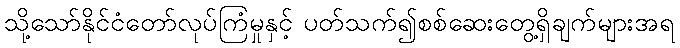
သို့သော်နိုင်ငံတော်လုပ်ကြံမှုနှင့် ပတ်သက်၍စစ်ဆေးတွေ့ရှိချက်များအရ